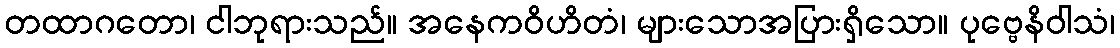
တထာဂတော၊ ငါဘုရားသည်။ အနေကဝိဟိတံ၊ များသောအပြားရှိသော။ ပုဗ္ဗေနိဝါသံ၊